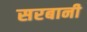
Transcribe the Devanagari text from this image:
सरबानी